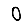
Digit: 0